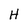
Character: H